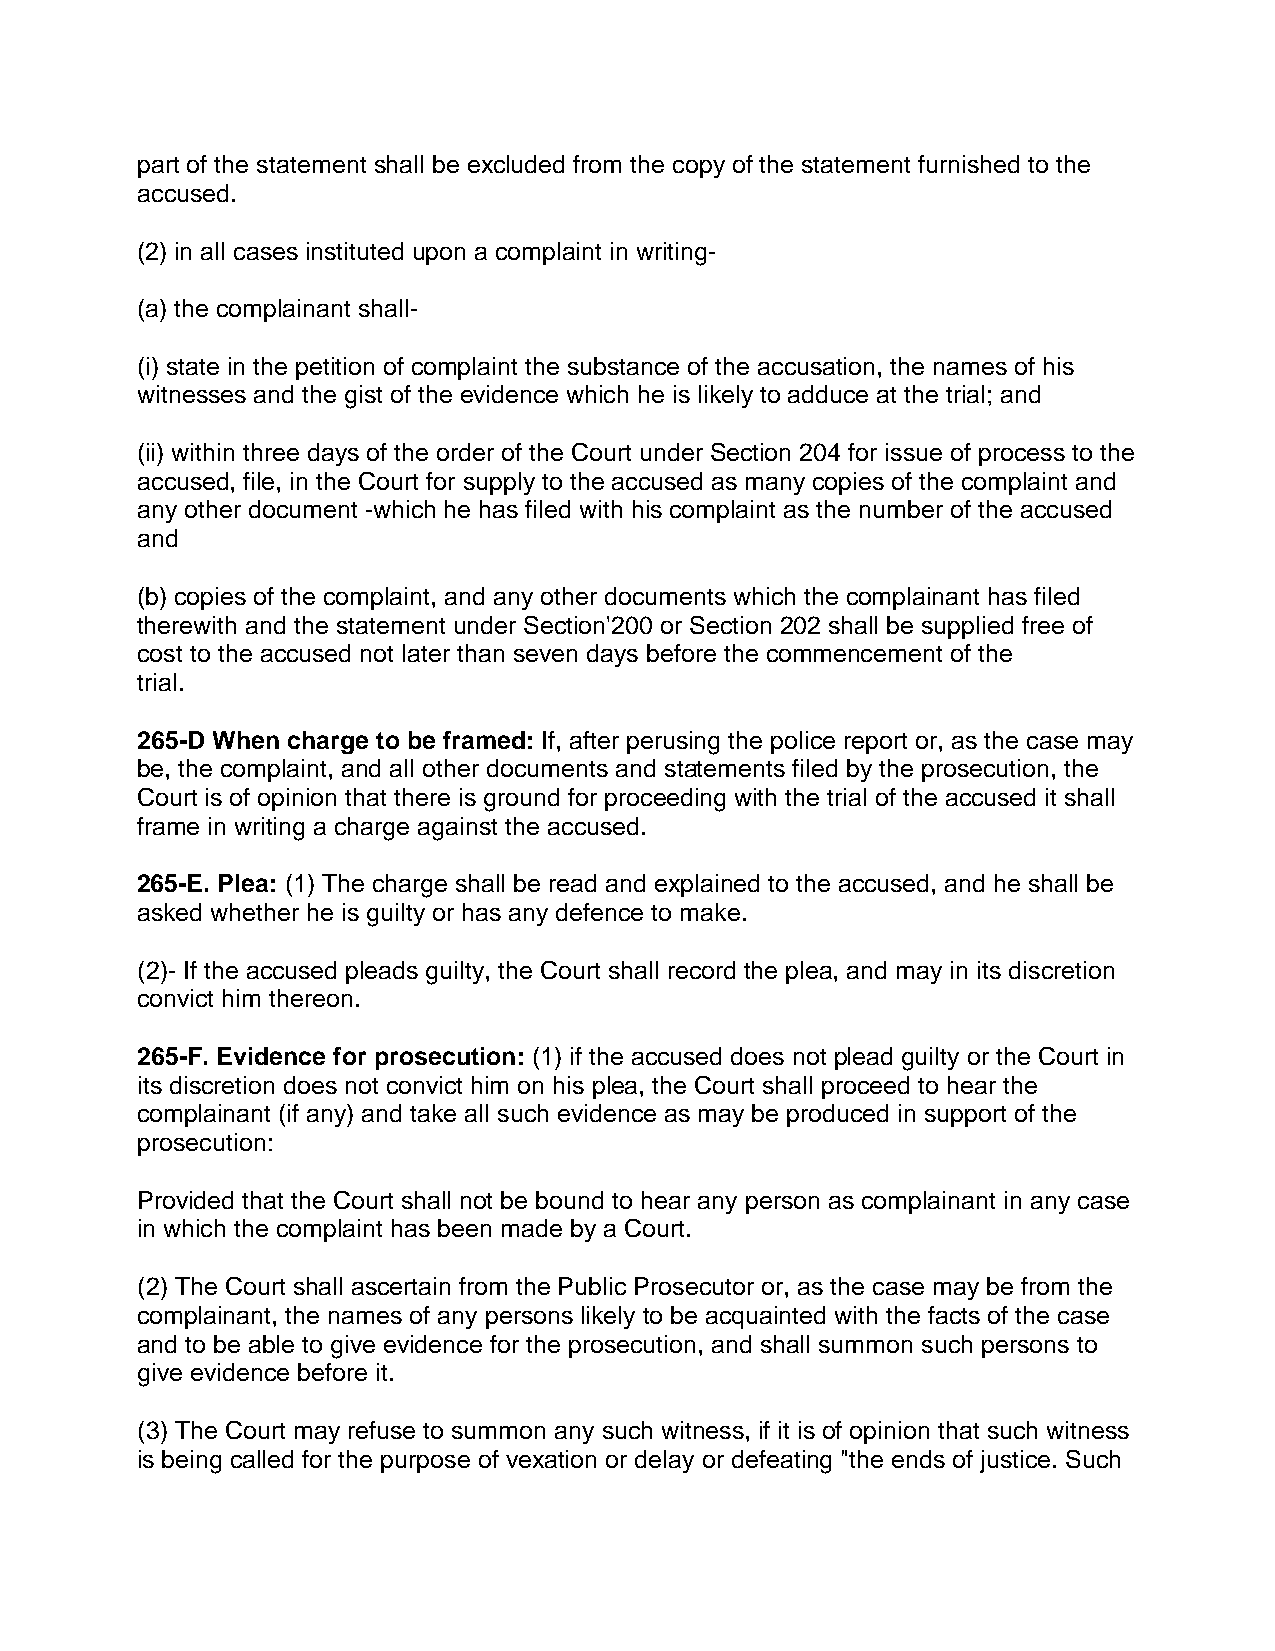
part of the statement shall be excluded from the copy of the statement furnished to the
 accused.
 (2) in all cases instituted upon a complaint in writing-
 (a) the complainant shall-
 (i) state in the petition of complaint the substance of the accusation, the names of his
 witnesses and the gist of the evidence which he is likely to adduce at the trial; and
 (ii) within three days of the order of the Court under Section 204 for issue of process to the
 accused, file, in the Court for supply to the accused as many copies of the complaint and
 any other document -which he has filed with his complaint as the number of the accused
 and
 (b) copies of the complaint, and any other documents which the complainant has filed
 therewith and the statement under Section'200 or Section 202 shall be supplied free of
 cost to the accused not later than seven days before the commencement of the
 trial.
 265-D When charge to be framed: If, after perusing the police report or, as the case may
 be, the complaint, and all other documents and statements filed by the prosecution, the
 Court is of opinion that there is ground for proceeding with the trial of the accused it shall
 frame in writing a charge against the accused.
 265-E. Plea: (1) The charge shall be read and explained to the accused, and he shall be
 asked whether he is guilty or has any defence to make.
 (2)- If the accused pleads guilty, the Court shall record the plea, and may in its discretion
 convict him thereon.
 265-F. Evidence for prosecution: (1) if the accused does not plead guilty or the Court in
 its discretion does not convict him on his plea, the Court shall proceed to hear the
 complainant (if any) and take all such evidence as may be produced in support of the
 prosecution:
 Provided that the Court shall not be bound to hear any person as complainant in any case
 in which the complaint has been made by a Court.
 (2) The Court shall ascertain from the Public Prosecutor or, as the case may be from the
 complainant, the names of any persons likely to be acquainted with the facts of the case
 and to be able to give evidence for the prosecution, and shall summon such persons to
 give evidence before it.
 (3) The Court may refuse to summon any such witness, if it is of opinion that such witness
 is being called for the purpose of vexation or delay or defeating "the ends of justice. Such